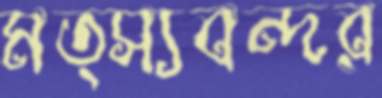
মত্স্যবন্দর